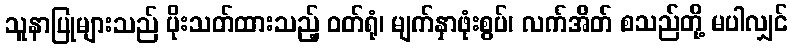
သူနာပြုများသည် ပိုးသတ်ထားသည့် ဝတ်ရုံ၊ မျက်နှာဖုံးစွပ်၊ လက်အိတ် စသည်တို့ မပါလျှင်